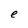
Character: e